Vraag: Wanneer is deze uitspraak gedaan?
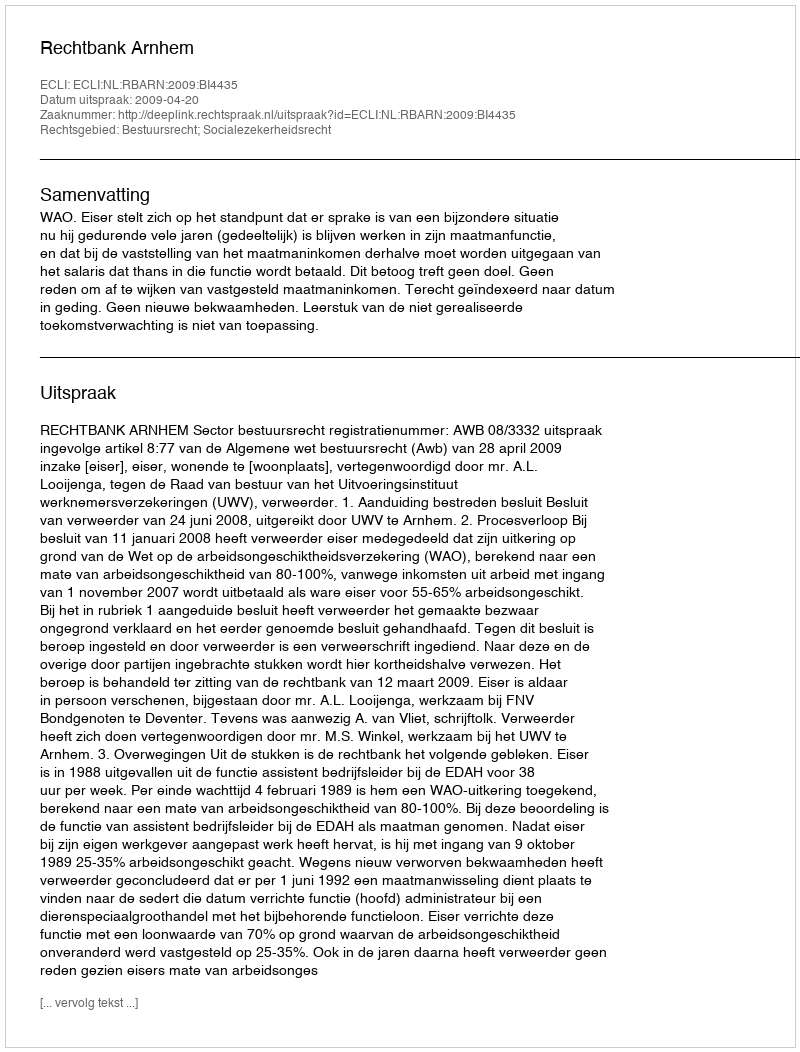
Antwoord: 2009-04-20